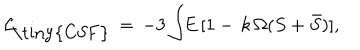
LaTeX: { \cal { L } } _ { \! \mathrm { \tiny { C S F } } } \, = \, - 3 \int \! \! E \, [ 1 - \, k \, \Omega ( S + \bar { S } ) ] ,